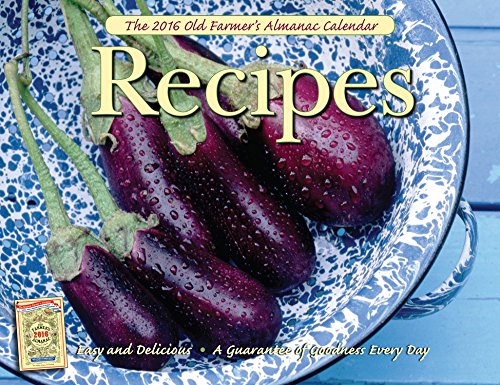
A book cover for The Old Farmer's Almanac 2016 Recipes Calendar; Old FarmerEEs Almanac; Calendars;